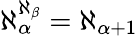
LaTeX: \aleph_{\alpha}^{\aleph_{\beta}}=\aleph_{\alpha+1}